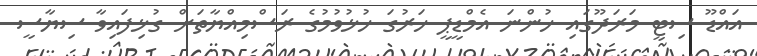
އައްޑޫ ސިޓީ މަރަދޫގައި ހުންނަ އެމްޑީޕީ ހަރުގަ ހުޅުވުމުގެ ރަސްމިއްޔާތަށް ގުޅިފައިވާ ސިޔާސީ